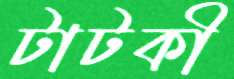
টাটকী